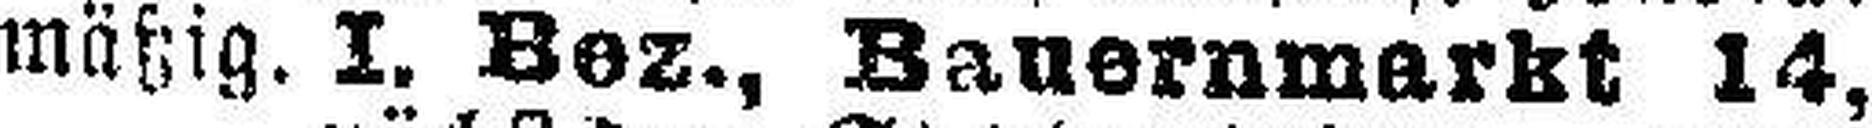
mäßig. I. Bez., Bauernmarbt 14,